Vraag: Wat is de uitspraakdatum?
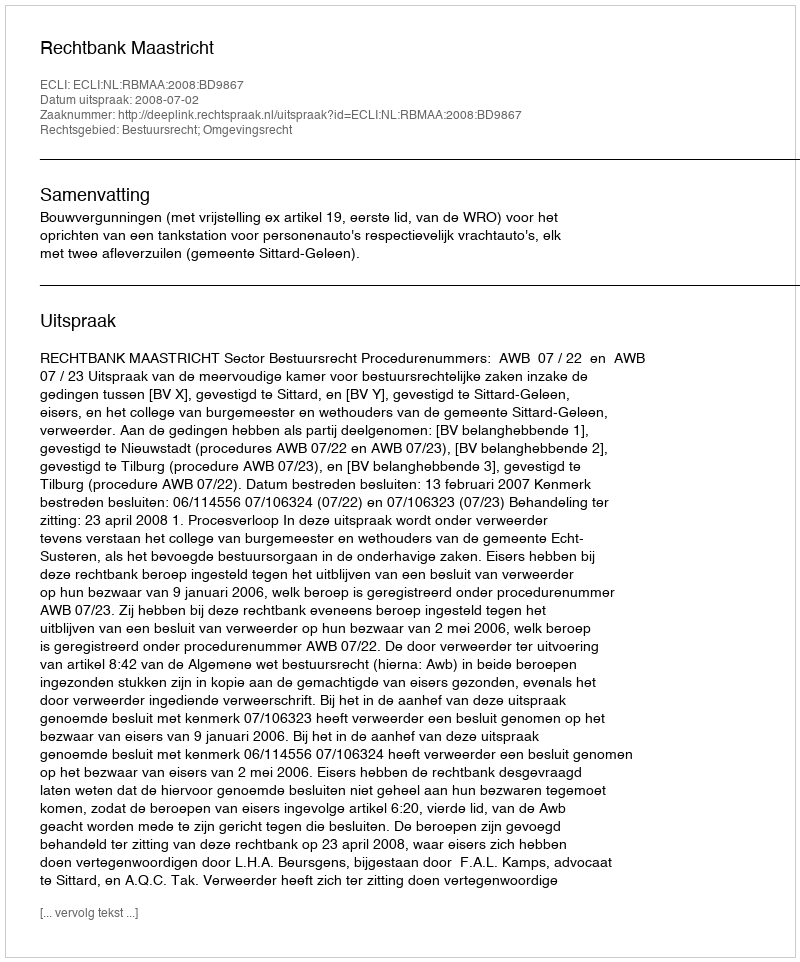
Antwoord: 2008-07-02